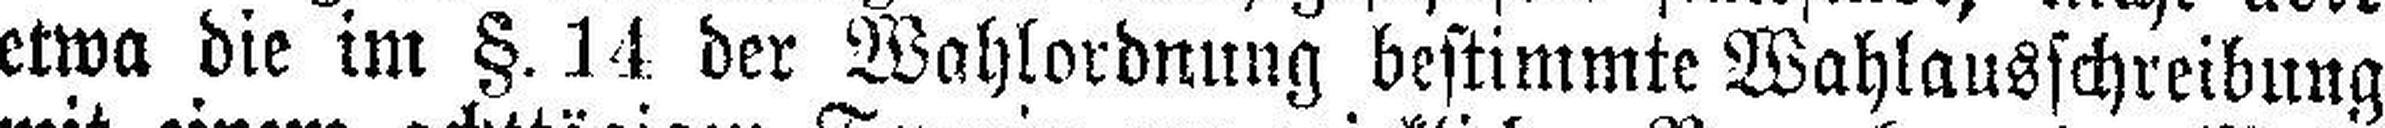
etwa die im §. 14 der Wahlordnung bestimmte Wahlausschreibung